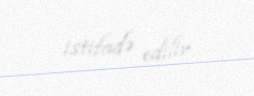
istifadə edilir.